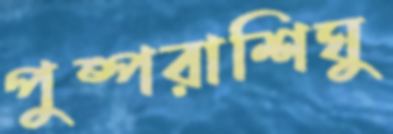
পুষ্পরাশিঘু